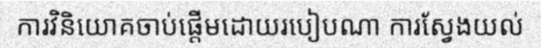
ការវិនិយោគចាប់ផ្តើមដោយរបៀបណា ការស្វែងយល់